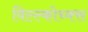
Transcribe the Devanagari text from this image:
विल्ल्कोच्क्स